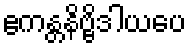
ဧကန္တနိဗ္ဗိဒါယပေ